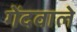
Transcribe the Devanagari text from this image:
गेंदवाले